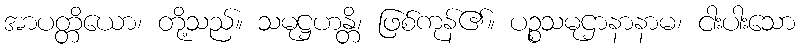
အာပတ္တိယော၊ တို့သည်။ သမုဋ္ဌဟန္တိ၊ ဖြစ်ကုန်၏။ ပဉ္စသမုဌာနာနာမ၊ ငါးပါးသော